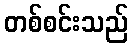
တစ်စင်းသည်